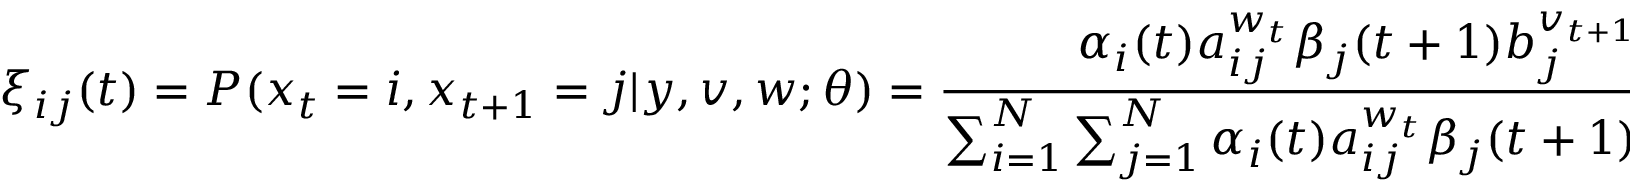
\xi _ { i j } ( t ) = P ( x _ { t } = i , x _ { t + 1 } = j | y , v , w ; \theta ) = { \frac { \alpha _ { i } ( t ) a _ { i j } ^ { w _ { t } } \beta _ { j } ( t + 1 ) b _ { j } ^ { v _ { t + 1 } } ( y _ { t + 1 } ) } { \sum _ { i = 1 } ^ { N } \sum _ { j = 1 } ^ { N } \alpha _ { i } ( t ) a _ { i j } ^ { w _ { t } } \beta _ { j } ( t + 1 ) b _ { j } ^ { v _ { t + 1 } } ( y _ { t + 1 } ) } }